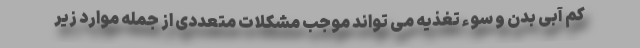
کم آبی بدن و سوء تغذیه می تواند موجب مشکلات متعددی از جمله موارد زیر